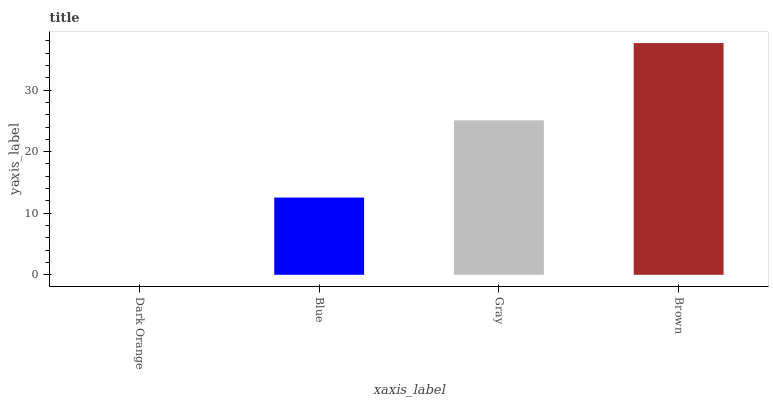
| xaxis_label | bars |
 | --- | --- |
 | Dark Orange | 0 |
 | Blue | 12.5 |
 | Gray | 25.1 |
 | Brown | 37.6 |